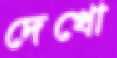
দেখো